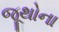
જૂથોના